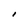
Character: I